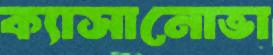
ক্যাসানোভা